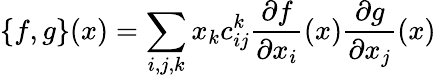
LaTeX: \{ f,g\} (x)=\sum_{i,j,k}x_{k}c_{ij}^{k}\frac{\partial f}{\partial x_{i}}(x)\frac{\partial g}{\partial x_{j}}(x)